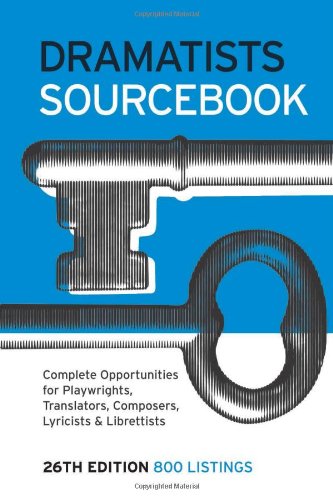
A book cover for Dramatists Sourcebook, 26th Edition; Humor & Entertainment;